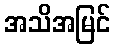
အသိအမြင်